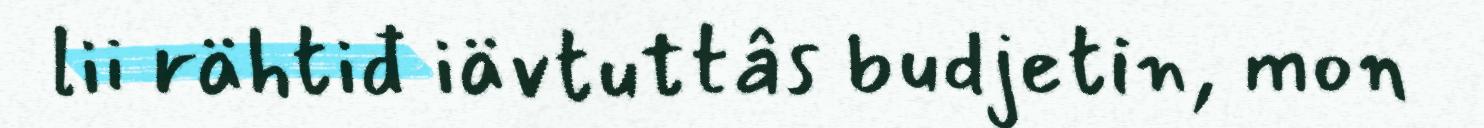
lii rähtiđ iävtuttâs budjetin, mon